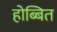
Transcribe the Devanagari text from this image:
होब्बित